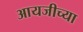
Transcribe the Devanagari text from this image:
आयजीच्या